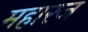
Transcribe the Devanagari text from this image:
महारज